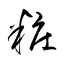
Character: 粧